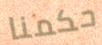
حكمنا